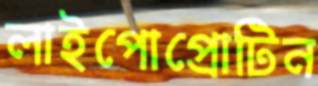
লাইপোপ্রোটিন